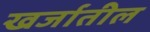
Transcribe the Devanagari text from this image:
खर्जातील